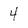
Character: 4